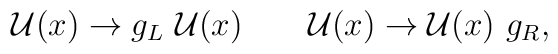
\mathcal{U}(x)\rightarrow g_L \ \mathcal{U}(x) \qquad \mathcal{U}(x)\rightarrow \mathcal{U}(x)\ g_R,